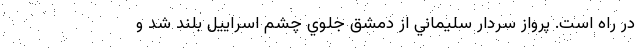
در راه است. پرواز سردار سليماني از دمشق جلوي چشم اسراييل بلند شد و